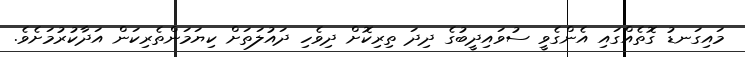
މައިގަނޑު ގޮތެއްގައި އެންގެވީ ސުވައިދީބުގެ ދިދަ ތިރިކޮށް ދިވެހި ދައުލަތަށް ކިޔަމަންތެރިކަން އަދާކުރުމަށެވެ.